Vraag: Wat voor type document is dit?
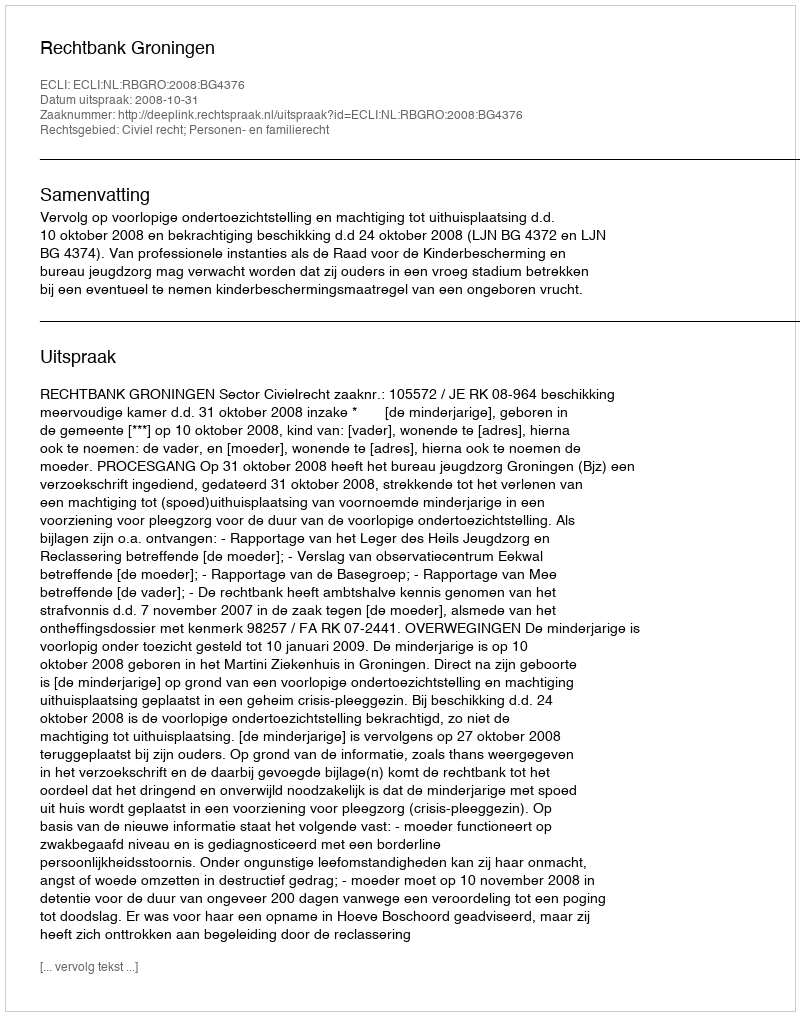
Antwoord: Uitspraak